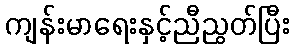
ကျန်းမာရေးနှင့်ညီညွတ်ပြီး